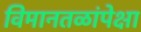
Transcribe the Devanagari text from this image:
विमानतळांपेक्षा